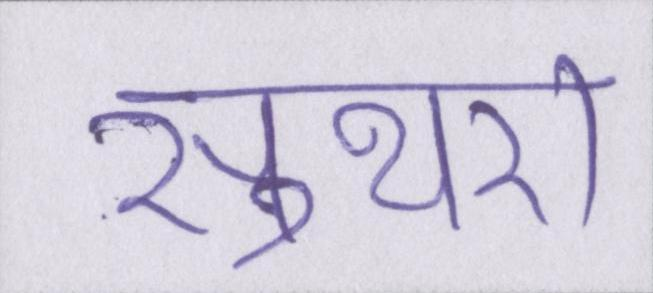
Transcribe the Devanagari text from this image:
सुथरा